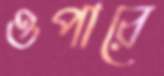
ওপারে